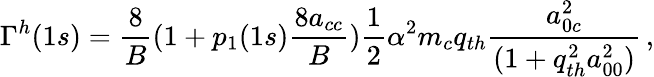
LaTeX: \Gamma^{h}(1s)=\frac{8}{B}(1+p_{1}(1s)\frac{8a_{cc}}{B})\frac{1}{2}\alpha^{2}m_{c}q_{th}\frac{a_{0c}^{2}}{(1+q_{th}^{2}a_{00}^{2})}\, ,